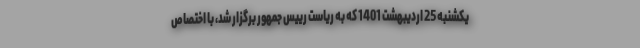
یکشنبه 25 اردیبهشت 1401 که به ریاست رییس جمهور برگزار شد، با اختصاص